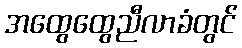
အထွေထွေညီလာခံတွင်